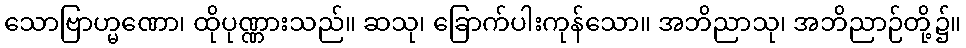
သောဗြာဟ္မဏော၊ ထိုပုဏ္ဏားသည်။ ဆသု၊ ခြောက်ပါးကုန်သော။ အဘိညာသု၊ အဘိညာဉ်တို့၌။